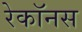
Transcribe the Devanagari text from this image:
रेकॉनस